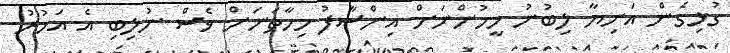
ގުޅިގެން އަނިޔާ ލިބުނު މީހުންނަށް އިންސާފު މިހާތަނަށް ވެސް ނުލިބި އެ އަމުރު